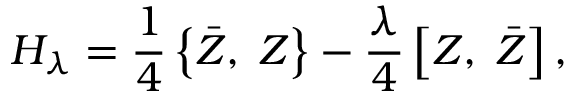
H _ { \lambda } = \frac 1 4 \left\{ \bar { Z } , \; Z \right\} - \frac \lambda 4 \left[ Z , \; \bar { Z } \right] ,